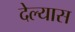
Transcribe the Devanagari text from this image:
देल्यास